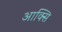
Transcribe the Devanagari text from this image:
आक्सि